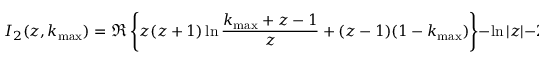
I _ { 2 } ( z , k _ { \mathrm { m a x } } ) = \Re \left\{ z ( z + 1 ) \ln \frac { k _ { \mathrm { m a x } } + z - 1 } { z } + ( z - 1 ) ( 1 - k _ { \mathrm { m a x } } ) \right\} - \ln | z | - 2 \ln k _ { \mathrm { m a x } }